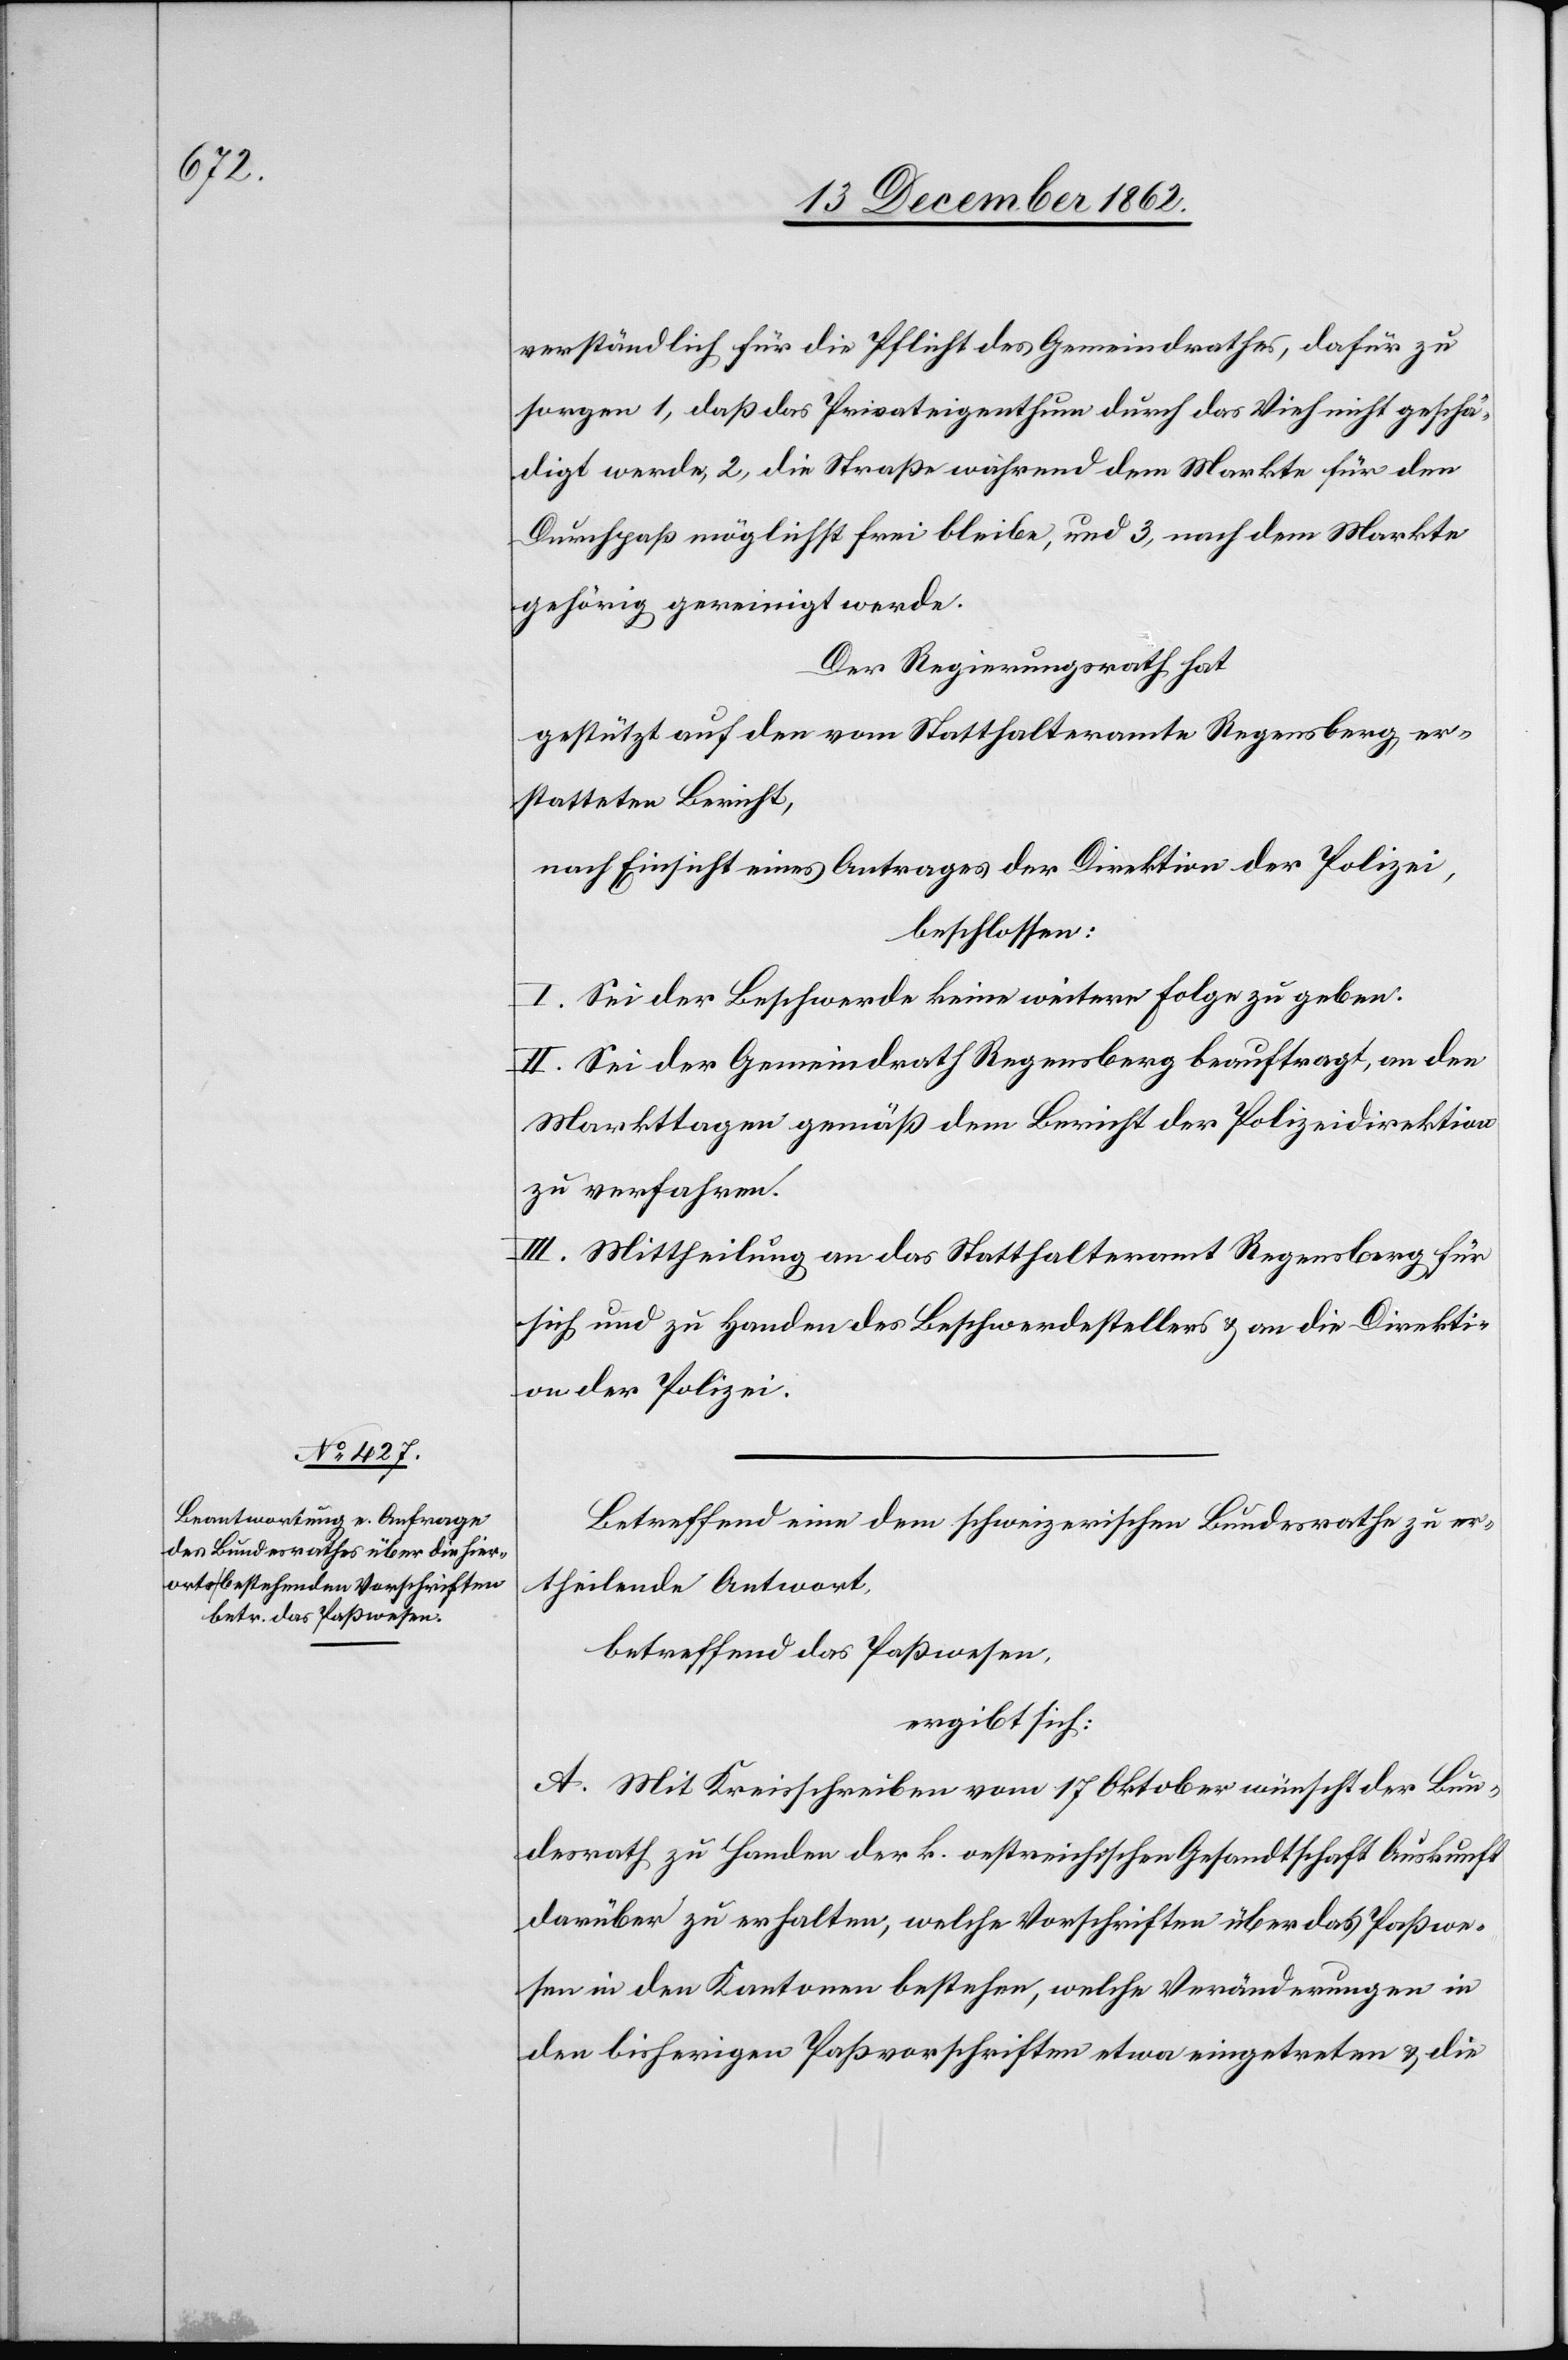
verständlich für die Pflicht des Gemeindrathes, dafür zu
sorgen 1. daß das Privateigenthum durch das Vieh nicht geschä¬
digt werde, 2. die Straße während dem Markte für den
Durchpaß möglichst frei bleibe, und 3. nach dem Markte
gehörig gereinigt werde.
Der Regierungsrath hat
gestützt auf den vom Statthalteramte Regensberg er¬
statteten Bericht,
nach Einsicht eines Antrages der Direktion der Polizei,
beschlossen:
I. Sei der Beschwerde keine weitere Folge zu geben.
II. Sei der Gemeindrath Regensberg beauftragt, an den
Markttagen gemäß dem Bericht der Polizeidirektion
zu verfahren.
III. Mittheilung an das Statthalteramt Regensberg für
sich und zu Handen des Beschwerdestellers u. an die Direkti¬
on der Polizei.
Betreffend eine dem schweizerischen Bundesrathe zu er¬
theilende Antwort,
betreffen das Paßwesen,
ergibt sich:
A. Mit Kreisschreiben vom 17. Oktober wünscht der Bun¬
desrath zu Handen der k. oestreichischen Gesandtschaft Auskunft
darüber zu erhalten, welche Vorschriften über das Paßwe¬
sen in den Kantonen bestehen, welche Veränderungen in
den bisherigen Paßvorschriften etwa eingetreten u. die